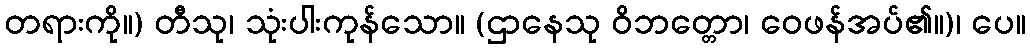
တရားကို။) တီသု၊ သုံးပါးကုန်သော။ (ဌာနေသု ဝိဘတ္တော၊ ဝေဖန်အပ်၏။)၊ ပေ။